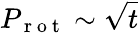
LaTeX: P_{\mathrm{~r~o~t~}}\sim\sqrt{t}